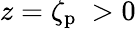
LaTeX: z=\zeta_{\mathrm{p}}\ >0